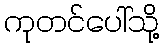
ကုတင်ပေါ်သို့